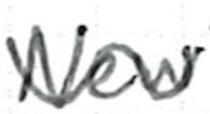
Text: New
Cross-out: wave
Writing tool: ballpoint